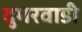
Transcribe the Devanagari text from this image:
दुगरवाडी